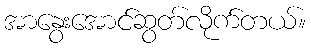
အာနွေးအောင်ဆွတ်လိုက်တယ်။